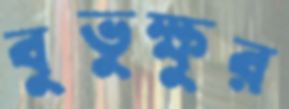
বুভুক্ষুর